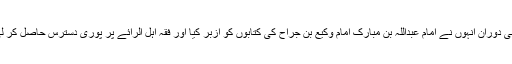
اسی دوران انہوں نے امام عبداللہ بن مبارک امام وکیع بن جراح کی کتابوں کو ازبر کیا اور فقہ اہل الرائے پر پوری دسترس حاصل کر لی۔